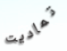
تماديت